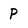
Character: P